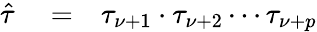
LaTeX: \begin{array}{rlr}{\hat{\tau}}&{{}=}&{\tau_{\nu+1}\cdot\tau_{\nu+2}\cdots\tau_{\nu+p}}\end{array}